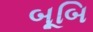
બૂબિ